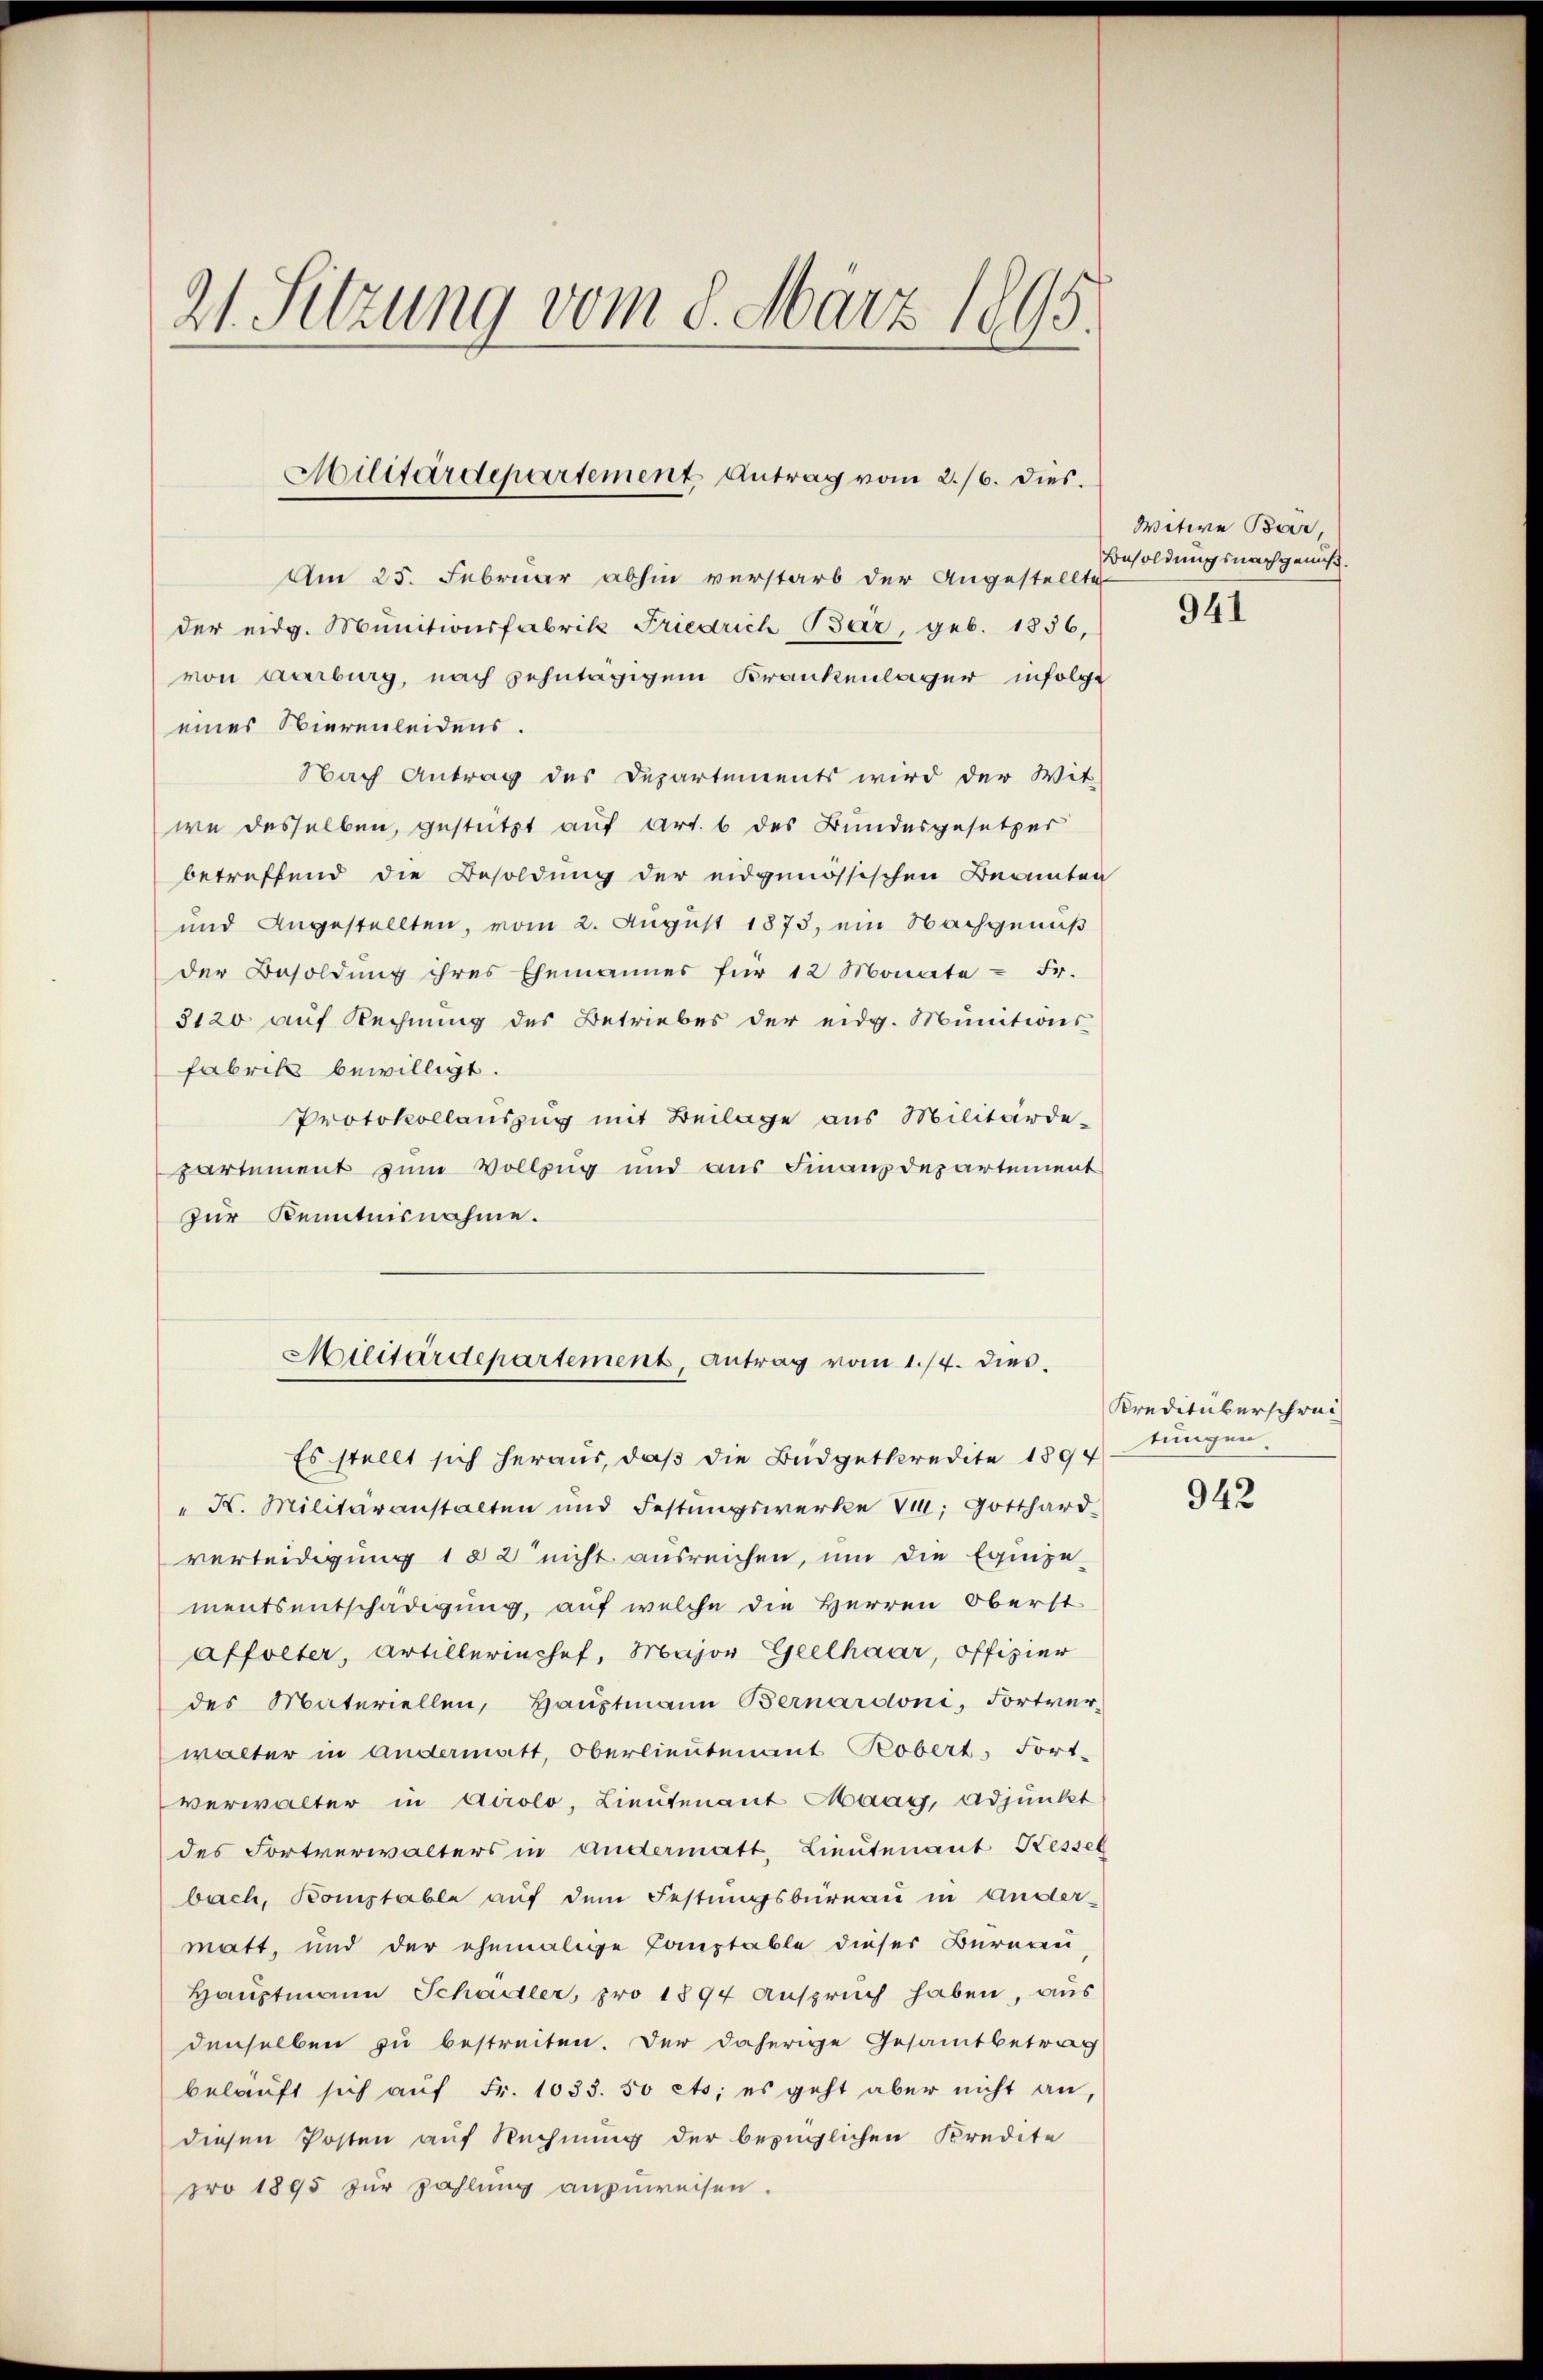
21. Setzung vom 8. März 1895.

Militärdepartement Antrag vom 2./6. Dies.

Am 25. Februar abhin verstarb der Angestellte
der eidg. Munitionsfabrik Friedrich Bär, geb. 1856,
von Aarburg, nach zehntägigem Krankenlager infolgt
eines Stierenleidens.
Nach Antrag des Departements wird der Wit-
we desselben, gestützt auf Art. 6 des Bundesgesetzes
betreffend die Besoldung der eidgenössischen Beamten
und Angestellten, vom 2. August 1873, ein Nachgenuß
der Besoldung ihres Ehemannes für 12 Monate - Fr.
3120 auf Rechnung des Betriebes der eidg. Munitions
fabrik bewilligt.
Protokollauszug mit Beilage aus Militärde-
partement zum Vollzug und aus Finanzdepartement
zur Kenntnisnahme.

Militärdepartement, Antrag vom 1./4. dies

Es stellt sich heraus, daß die Budgetkredite 1894 stungen
" K. Militäranstalten und Festungswerke v. Gotthard-
verteidigung 1 § 2 nicht ausreichen, um die Equipe-
mentsentschädigung, auf welche die Herren Oberst
affolter, Artillerischef, Major Geelhaar, offizier
des Materiellen, Haŭptmann Bernarsioni, Fortver-
walter in Andermatt, Oberlieutenant Robert, Fort-
verwalter in Airolo, Lieutenant Maag, Adjunkt
des Fortverwalters in Andermatt, Lieutenant Kessel
bach, Komptable auf dem Festungsbüreau in Ander-
matt, und der ehemalige Lanztable dieser Bureau
Hauptmann Schädler, pro 1894 Anspruch haben, aus
denselben zu bestreiten. Der daherige Gesamtbetrag
belauft sich auf Fr. 1033. 50 cts; es geht aber nicht an,
diesen Posten auf Rechnung der bezüglichen Kredite
pro 1895 zur Zahlung anzuweisen.

Wetere Bär,
Besoldungsnachgenuß.

941

Kreditüberschrei

942